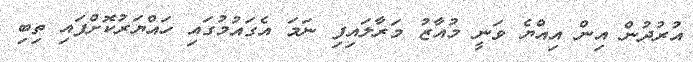
އުރުދުން އިން އިއްޔެ ވަނީ މުއާޒު މަރާލައިފި ނަމަ އެގައުމުގައި ހައްޔަރުކޮށްފައި ތިބި